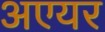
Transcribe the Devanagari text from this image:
अएयर